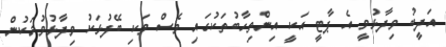
އަދީބު ވިދާޅުވީ އެ ޕާޓީ އަކީ އިންތިހާބުތަކުގައި ވެސް ވަކި ބޭފުޅަކު ވިދާޅުވުމަކުން